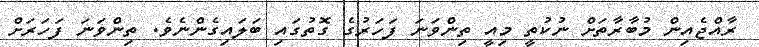
ރާއްޖެއިން މުބާރާތަށް ނުކުތީ މިއީ ތިންވަނަ ފަހަރުގެ ގޮތުގައި ބަލައިގެންނެވެ. ތިންވަނަ ފަހަރަށް